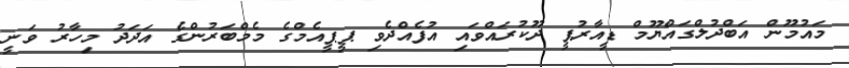
މައުމޫން އަބްދުލްގައްޔޫމް ޑީއާރުޕީ ދޫކުރައްވައި އުފެއްދެވި ޕީޕީއެމްގެ މެމްބަރުންގެ އަދަދު މިހާރު ވަނީ